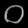
Digit: ၀